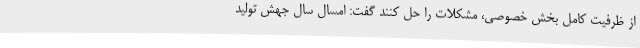
از ظرفیت کامل بخش خصوصی، مشکلات را حل کنند گفت: امسال سال جهش تولید